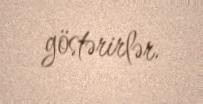
göstərirlər.